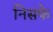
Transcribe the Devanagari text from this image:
निसफे